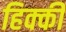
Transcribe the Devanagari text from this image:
हिक्‍की